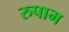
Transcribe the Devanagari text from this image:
रुपाभ